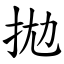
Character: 拋